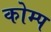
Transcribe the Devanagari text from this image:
कोम्प